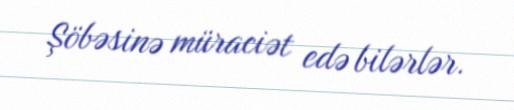
Şöbəsinə müraciət edə bilərlər.